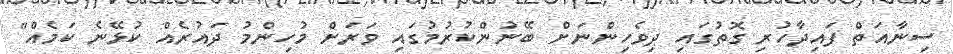
ސިނާއަތް ފައިދާހުރި ގޮތުގައި ދިވެހިންނަށް ބޭނުންކުރުމުގައި ވަރަށް މުހިންމު ދައުރެއް ކުޅޭނެ ކަމެއް"